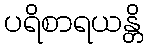
ပရိစာရယန္တိ